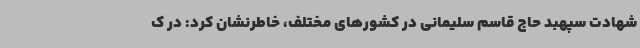
شهادت سپهبد حاج قاسم سلیمانی در کشورهای مختلف، خاطرنشان کرد: در ک